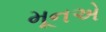
મૂનએ